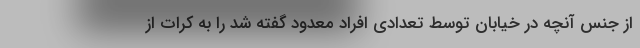
از جنس آنچه در خیابان توسط تعدادی افراد معدود گفته شد را به کرات از